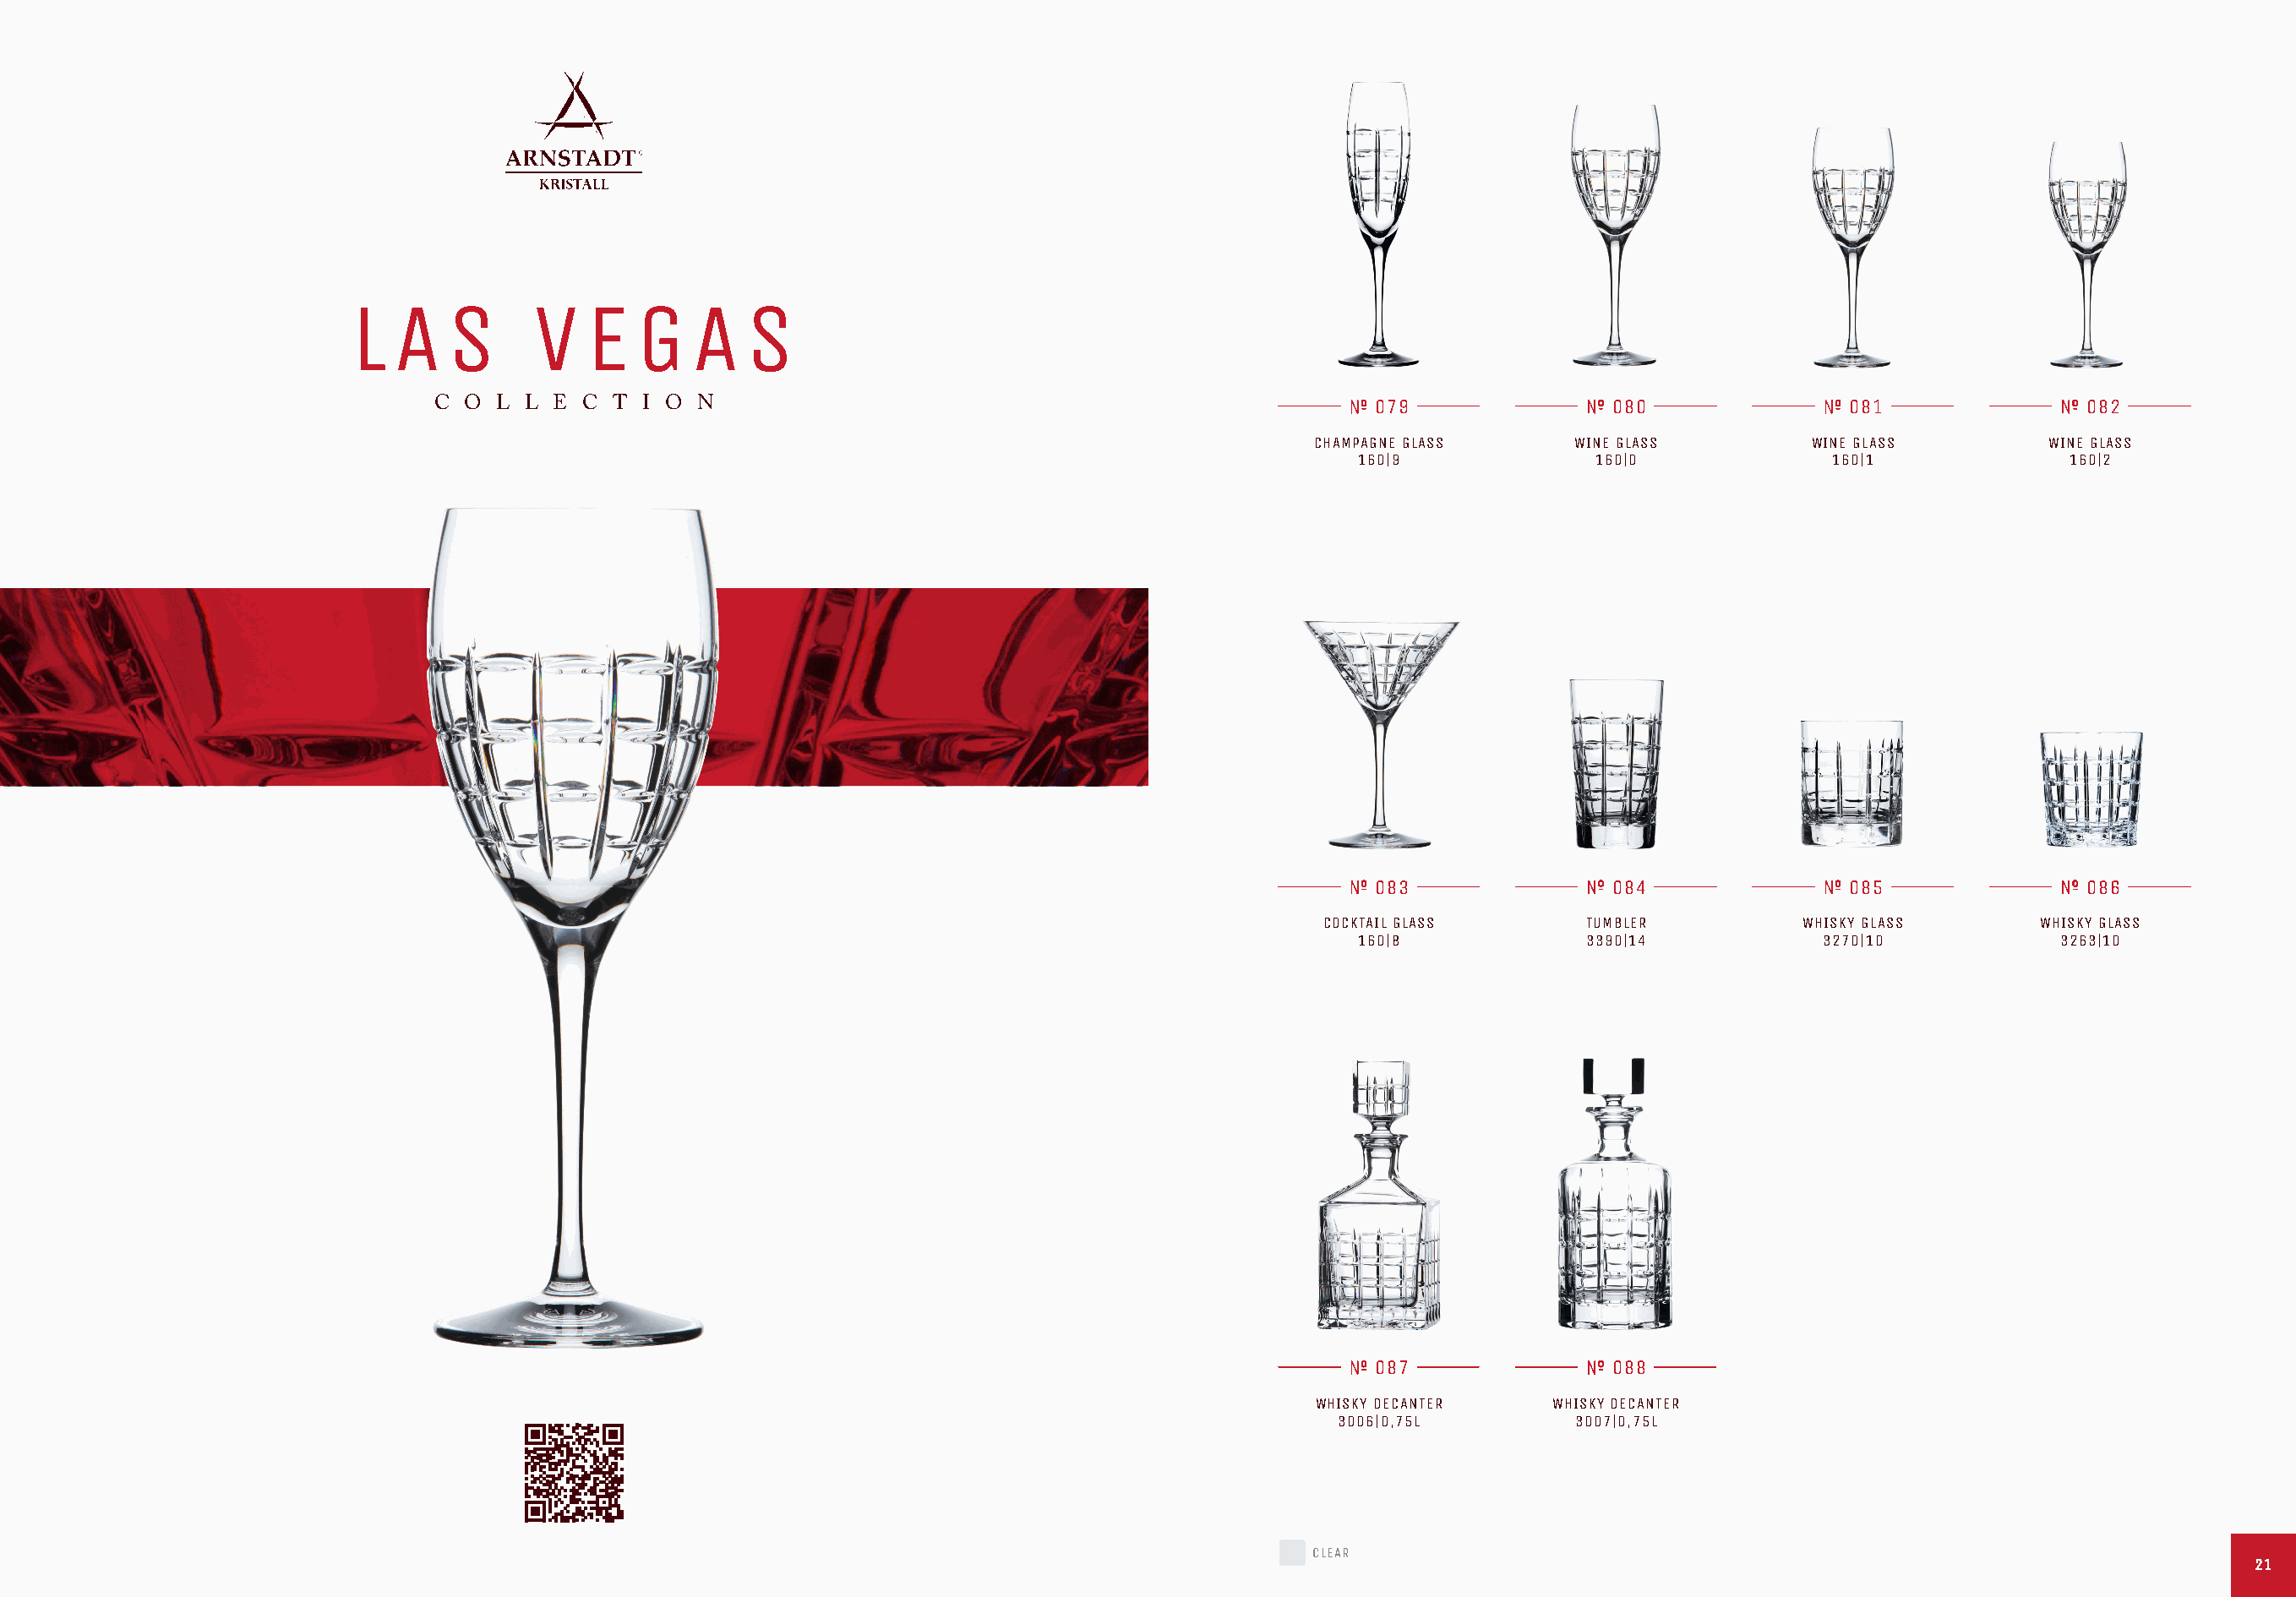
L   A   S      V   E   G   A   S
 C O  L L E  C T I O  N                                                    079               080                081               082
 CHAMPAGNE GLASS     WINE GLASS         WINE GLASS        WINE GLASS
 160|9              160|0              160|1             160|2
 083               084                085               086
 COCKTAIL GLASS      TUMBLER          WHISKY GLASS       WHISKY GLASS
 160|8             3390|14            3270|10           3263|10
 087               088
 WHISKY DECANTER    WHISKY DECANTER
 3006|0,75L        3007|0,75L
 CLEAR
 2211